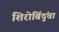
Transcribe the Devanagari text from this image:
शिरोबिंदुंचा